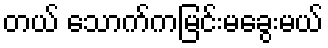
တယ် သောက်ကမြင်းမခွေးမယ်